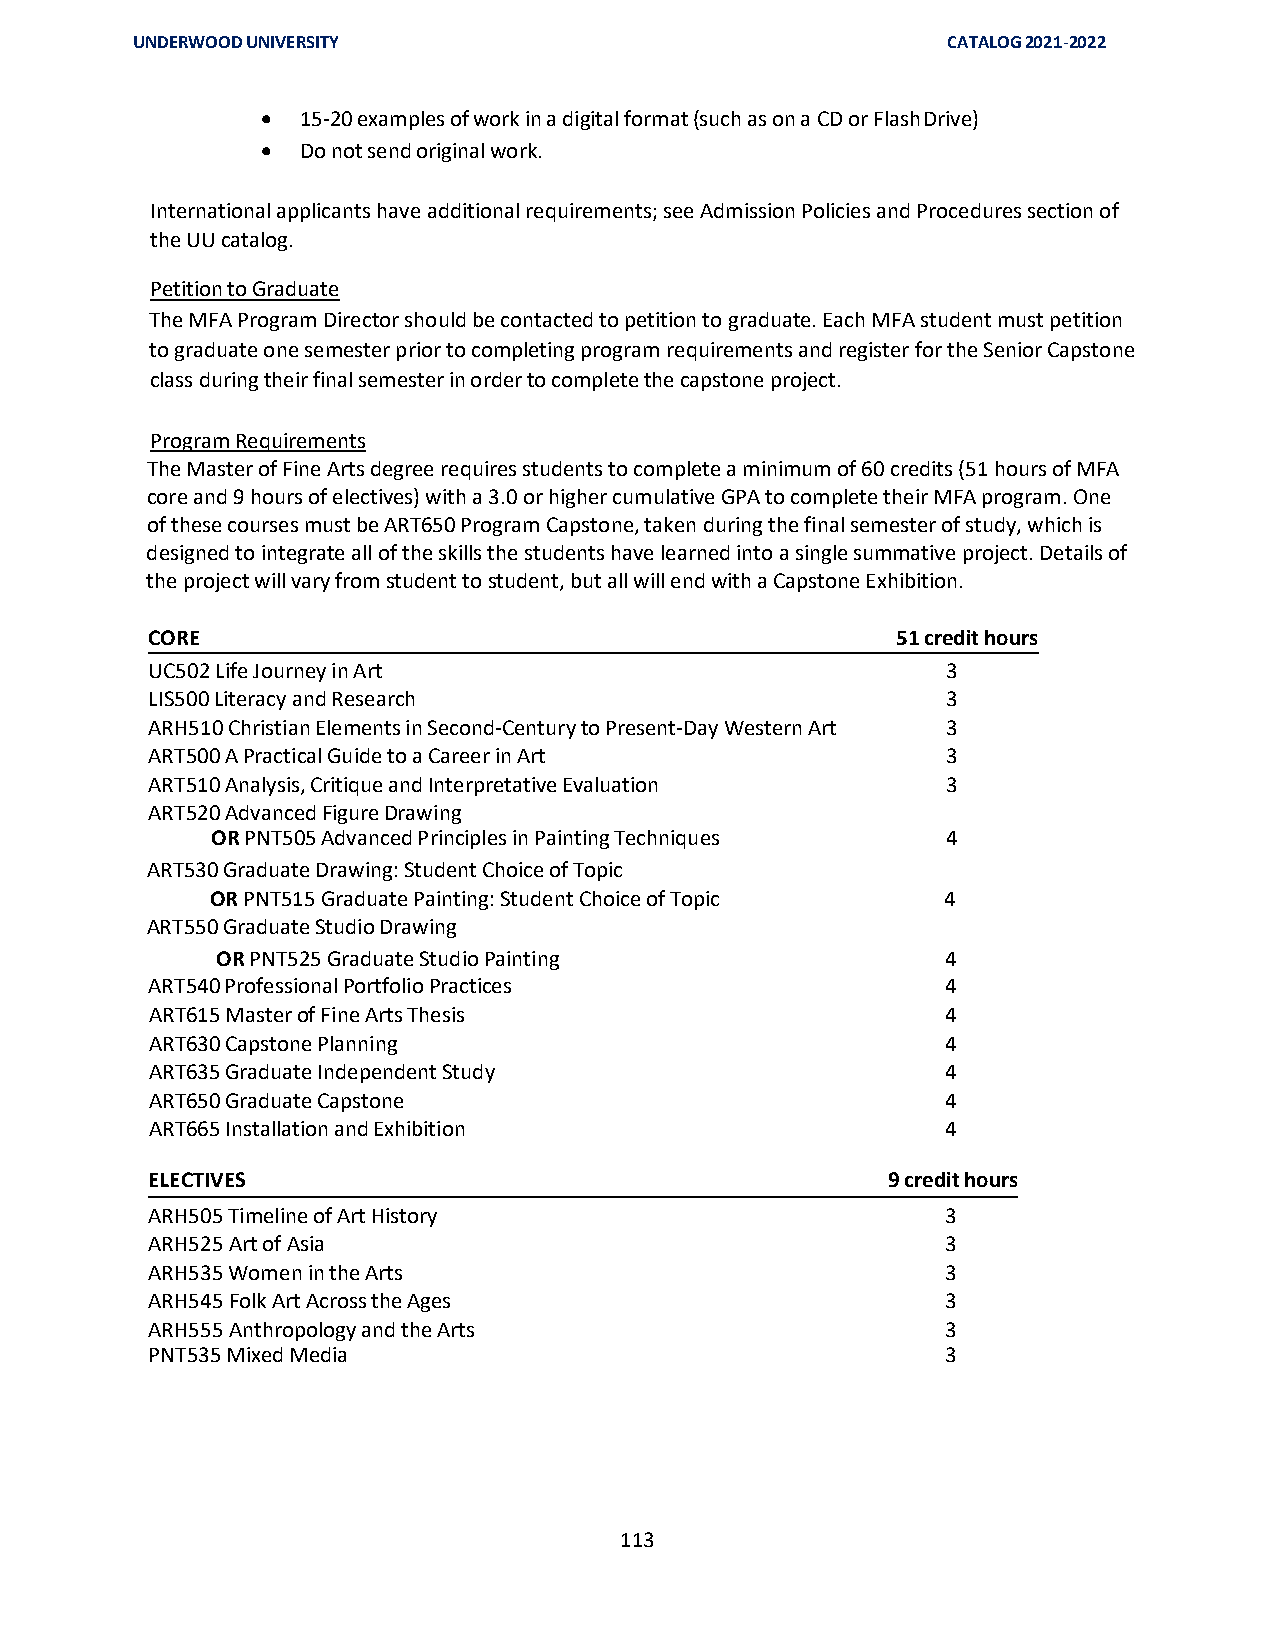
UNDERWOOD UNIVERSITY                                  CATALOG 2021-2022
 •  15-20 examples of work in a digital format (such as on a CD or Flash Drive)
 •  Do not send original work.
 International applicants have additional requirements; see Admission Policies and Procedures section of
 the UU catalog.
 Petition to Graduate
 The MFA Program Director should be contacted to petition to graduate. Each MFA student must petition
 to graduate one semester prior to completing program requirements and register for the Senior Capstone
 class during their final semester in order to complete the capstone project.
 Program Requirements
 The Master of Fine Arts degree requires students to complete a minimum of 60 credits (51 hours of MFA
 core and 9 hours of electives) with a 3.0 or higher cumulative GPA to complete their MFA program. One
 of these courses must be ART650 Program Capstone, taken during the final semester of study, which is
 designed to integrate all of the skills the students have learned into a single summative project. Details of
 the project will vary from student to student, but all will end with a Capstone Exhibition.
 CORE                                             51 credit hours
 UC502 Life Journey in Art                            3
 LIS500 Literacy and Research                         3
 ARH510 Christian Elements in Second-Century to Present-Day Western Art 3
 ART500 A Practical Guide to a Career in Art          3
 ART510 Analysis, Critique and Interpretative Evaluation 3
 ART520 Advanced Figure Drawing
 OR PNT505 Advanced Principles in Painting Techniques 4
 ART530 Graduate Drawing: Student Choice of Topic
 OR PNT515 Graduate Painting: Student Choice of Topic 4
 ART550 Graduate Studio Drawing
 OR PNT525 Graduate Studio Painting               4
 ART540 Professional Portfolio Practices              4
 ART615 Master of Fine Arts Thesis                    4
 ART630 Capstone Planning                             4
 ART635 Graduate Independent Study                    4
 ART650 Graduate Capstone                             4
 ART665 Installation and Exhibition                   4
 ELECTIVES                                        9 credit hours
 ARH505 Timeline of Art History                       3
 ARH525 Art of Asia                                   3
 ARH535 Women in the Arts                             3
 ARH545 Folk Art Across the Ages                      3
 ARH555 Anthropology and the Arts                     3
 PNT535 Mixed Media                                   3
 113